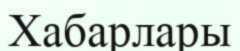
Хабарлары